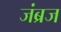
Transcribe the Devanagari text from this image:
जंब्रज